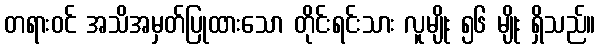
တရားဝင် အသိအမှတ်ပြုထားသော တိုင်းရင်းသား လူမျိုး ၅၆ မျိုး ရှိသည်။